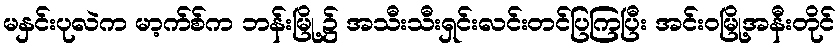
မနှင်းပုလဲက မာ့က်စ်က ဘန်းမြို့၌ အသီးသီးရှင်းလင်းတင်ပြကြပြီး အင်းဝမြို့အနီးတိုင်